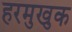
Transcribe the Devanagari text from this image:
हरमुखुक